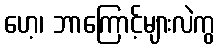
ဟေ့၊ ဘာကြောင့်များလဲကွ